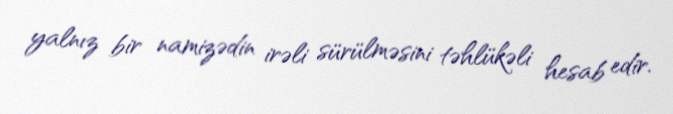
yalnız bir namizədin irəli sürülməsini təhlükəli hesab edir.